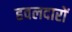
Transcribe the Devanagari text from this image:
हवलदारों